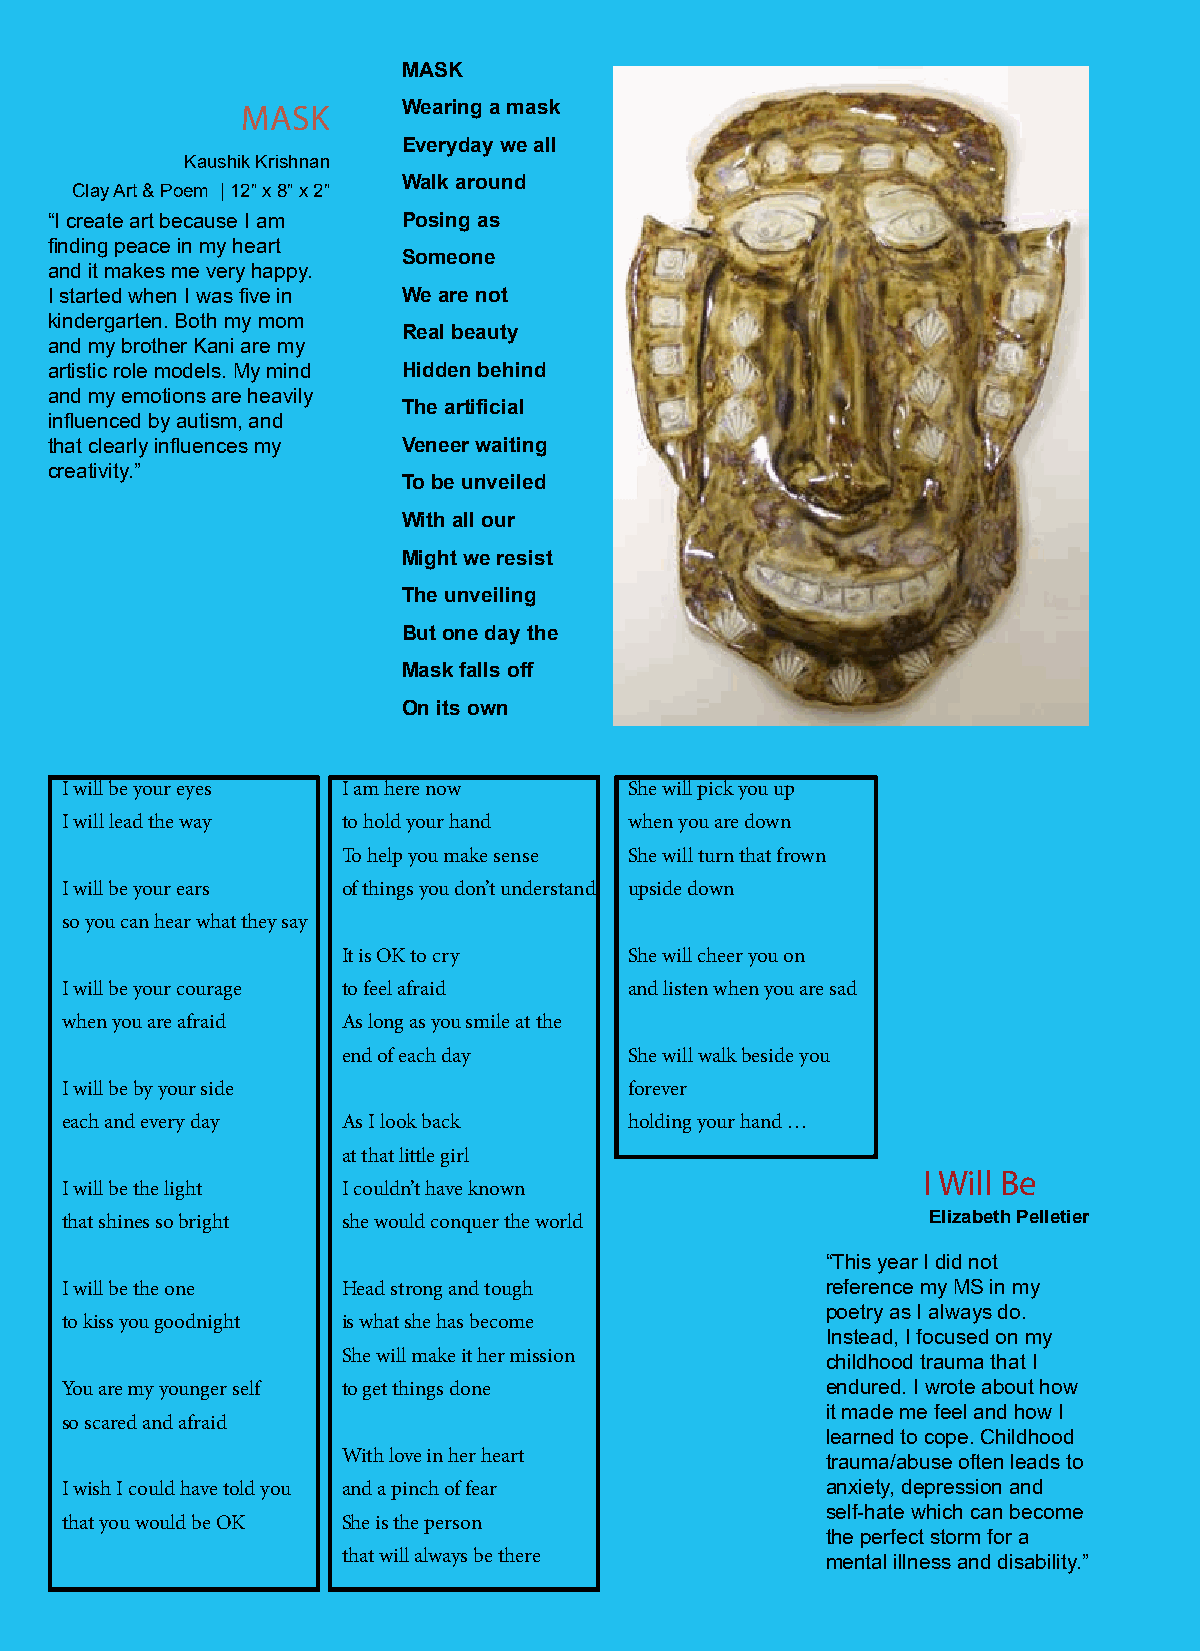
AA
 MASK
 MASK       Wearing a mask
 Everyday we all
 Kaushik Krishnan
 Walk around
 Clay Art & Poem | 12” x 8” x 2”
 “I create art because I am Posing as
 finding peace in my heart
 Someone
 and it makes me very happy.
 I started when I was five in We are not
 kindergarten. Both my mom
 Real beauty
 and my brother Kani are my
 artistic role models. My mind Hidden behind
 and my emotions are heavily
 The artificial
 influenced by autism, and
 that clearly influences my Veneer waiting
 creativity.”
 To be unveiled
 With all our
 Might we resist
 The unveiling
 But one day the
 Mask falls off
 On its own
 I will be your eyes I am here now     She will pick you up
 I will lead the way to hold your hand when you are down
 WHAT  IS AN ANSWER   FOR  FEAR?
 To help you make sense She will turn that frown
 I will beK yaounri seharks Krishnan of things you don’t understand upside down
 so you can hear what they say
 What is an answer for fear?
 Peace hovering above mIt yis hOeKa rtto cry She will cheer you on
 I will beB yeoyuor ncodu mrayg er each to feel afraid and listen when you are sad
 I can almost feel it
 when you are afraid As long as you smile at the
 But not quite yet
 Really what I fear aboutend of each day She will walk beside you
 I will beI sb ym yeouarn sinidgele ss forever
 In the eyes of the world
 each and every day As I look back     holding your hand …
 Yet seems so real in my mind
 Reality and illusory blenadt tahnadt l ibttluler girl
 I Will Be
 I will beL tehae vliignhgt me in a sad staIt eco oufl dfen’at rhave known
 I feel so lonely in a way
 that shines so bright she would conquer the world        Elizabeth Pelletier
 With a total dismay
 While watching myself                          “This year I did not
 I will beA th seu odndeen thought dawnHedea odn s tmroen g and tough reference my MS in my
 Where there is love and light                  poetry as I always do.
 to kiss you goodnight is what she has become
 THERE IS NO FEAR!!!                            Instead, I focused on my
 She will make it her mission
 childhood trauma that I
 You are my younger self to get things done         endured. I wrote about how
 it made me feel and how I
 so scared and afraid
 learned to cope. Childhood
 With love in her heart
 trauma/abuse often leads to
 I wish I could have told you and a pinch of fear   anxiety, depression and
 635 James Street, Syracsueself, -NhYa 1te3 2w03hich can become
 that you would be OK She is the person
 the perfect storm for a
 that will always be there
 mental illness and disability.”